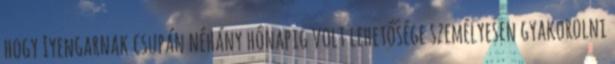
hogy Iyengarnak csupán néhány hónapig volt lehetősége személyesen gyakorolni